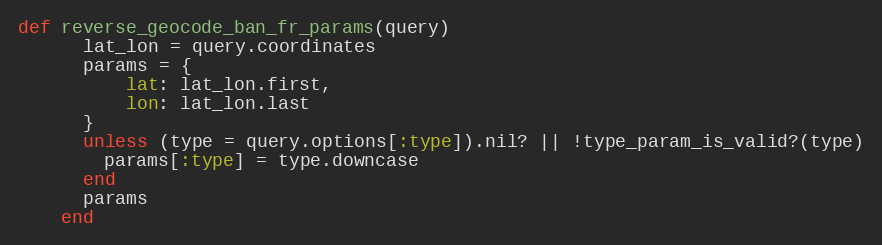
Language: Ruby
def reverse_geocode_ban_fr_params(query)
      lat_lon = query.coordinates
      params = {
          lat: lat_lon.first,
          lon: lat_lon.last
      }
      unless (type = query.options[:type]).nil? || !type_param_is_valid?(type)
        params[:type] = type.downcase
      end
      params
    end